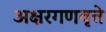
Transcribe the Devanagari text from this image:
अक्षरगणवृत्ते